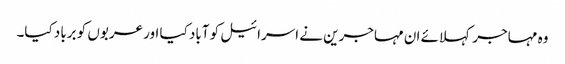
وہ مہاجر کہلائے ان مہاجرین نے اسرائیل کو آباد کیا اور عربوں کو برباد کیا۔